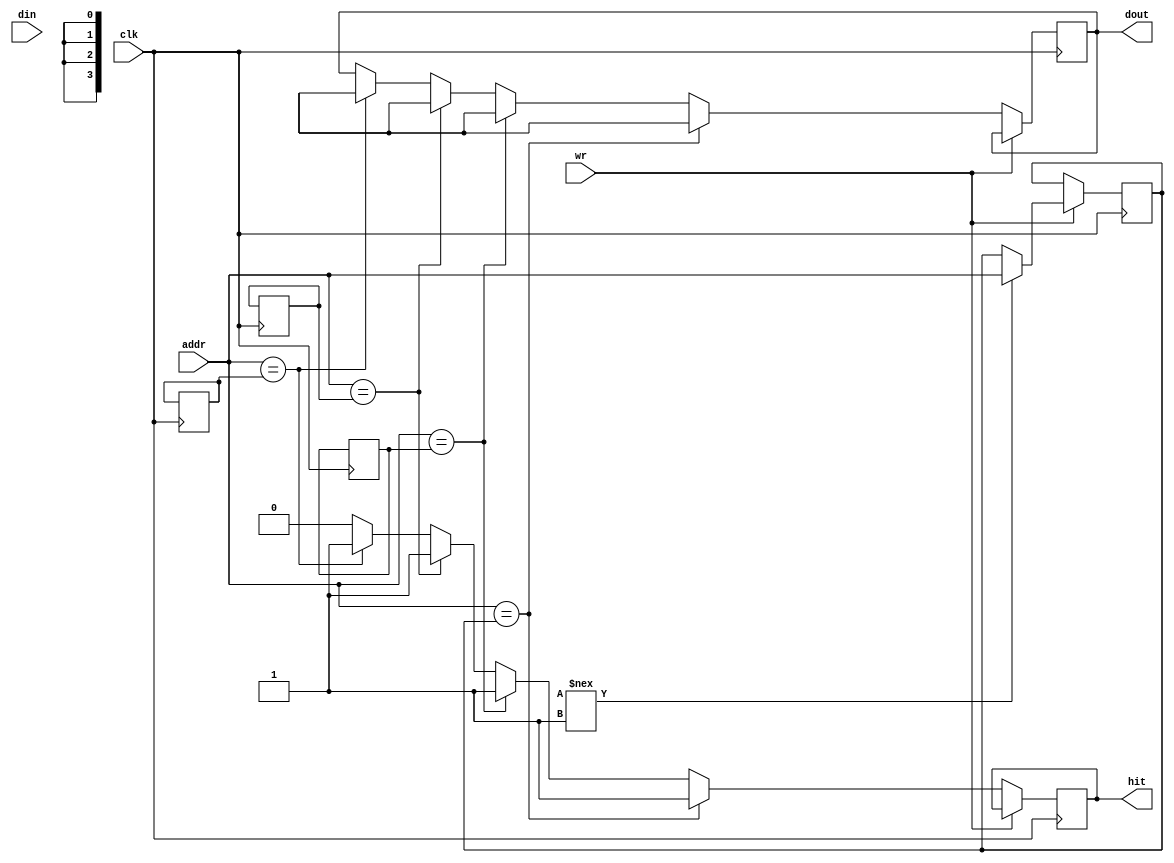
`timescale 1ns / 1ps

module associative_memory(addr,din,clk,wr,dout,hit);

	input [3:0] addr;
	input [3:0] din;
   input clk;
   input wr;
   output [3:0] dout;
   output hit;
	reg [3:0] dout;
	reg hit;

		 
	 //cache 0:3 => address, 7:4 => data, 8 => valid
	 reg [3:0] cache [8:0];
	
	
	 always @(posedge clk) begin
		// READ
		if (wr == 1'b0) begin
			if (addr == cache[0][3:0])begin
				dout <= cache[0][7:4];
				hit <= 1'b1;
			end
			else if (addr == cache[1][3:0])begin
				dout <= cache[1][7:4];
				hit <= 1'b1;
			end
			else if (addr == cache[2][3:0])begin
				dout <= cache[2][7:4];
				hit <= 1'b1;
			end
			else if (addr == cache[3][3:0])begin
				dout <= cache[3][7:4];
				hit <= 1'b1;
			end
			else
				hit <= 1'b0;
		end
		// WRITE
		else begin
			if (cache[0][8] !== 1'b1)begin
				cache[0][7:4] <= din;
				cache[0][3:0] <= addr;
				cache[0][8] <= 1'b1;
			end
			else if (cache[1][8] !== 1'b1)begin
				cache[1][7:4] <= din;
				cache[1][3:0] <= addr;
				cache[1][8] <= 1'b1;
			end
			else if (cache[2][8] !== 1'b1)begin
				cache[2][7:4] <= din;
				cache[2][3:0] <= addr;
				cache[2][8] <= 1'b1;
			end
			else if (cache[3][8] !== 1'b1)begin
				cache[3][7:4] <= din;
				cache[3][3:0] <= addr;
				cache[3][8] <= 1'b1;
			end
		end
			
	 end

	 		
endmodule